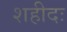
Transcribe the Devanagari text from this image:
शहीदः